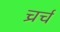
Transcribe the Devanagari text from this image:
च्रर्च